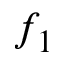
f _ { 1 }